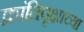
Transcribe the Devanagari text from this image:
क्रांतिवृक्षाच्या